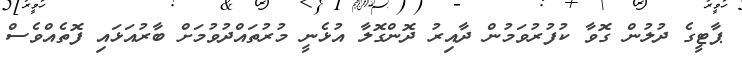
ޕާޓީގެ ދުލުން ގޮވާ ކުފުރުވަމުން ދާއިރު ދޮންގޮލާ އުޅެނީ މުރުތައްދުވުމަށް ބާރުއަޅައި ފޮތެއްވެސް